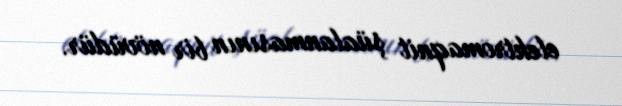
elektromaqnit şüalanmasının bir növüdür.